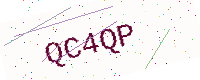
Text: QC4QP